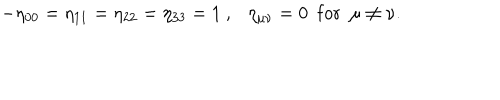
- \eta _ { 0 0 } = \eta _ { 1 1 } = \eta _ { 2 2 } = \eta _ { 3 3 } = 1 ~ , \eta _ { \mu \nu } = 0 ~ ~ \mathrm { f o r } ~ ~ \mu \neq \nu .